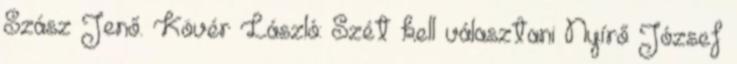
Szász Jenő. Kövér László: Szét kell választani Nyírő József